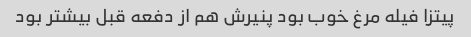
پیتزا فیله مرغ خوب بود پنیرش هم از دفعه قبل بیشتر بود